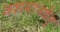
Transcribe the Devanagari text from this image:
वशमानयेत्